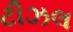
ટીઝલ